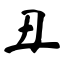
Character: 丑